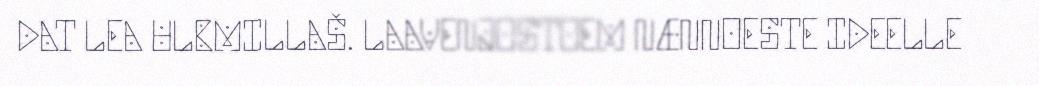
DAT LEA ULBMILLAŠ. LAAVENJOSTOEM NÆNNOESTE IDEELLE